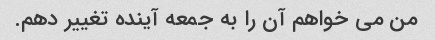
من می خواهم آن را به جمعه آینده تغییر دهم.